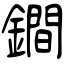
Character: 鐧